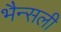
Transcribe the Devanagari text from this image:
भैन्सली